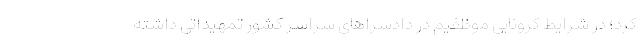
کرد؛ در شرایط کرونایی موظفیم در دادسراهای سراسر کشور تمهیداتی داشته